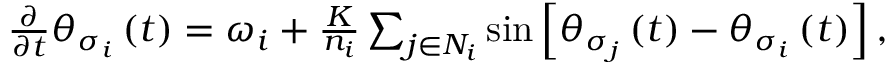
\begin{array} { r } { \frac { \partial } { \partial t } \theta _ { \sigma _ { i } } \left( t \right) = \omega _ { i } + \frac { K } { n _ { i } } \sum _ { j \in N _ { i } } \sin \left[ \theta _ { \sigma _ { j } } \left( t \right) - \theta _ { \sigma _ { i } } \left( t \right) \right] , } \end{array}